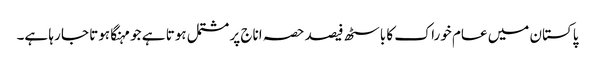
پاکستان میں عام خوراک کا باسٹھ فیصد حصہ اناج پر مشتمل ہوتا ہے جو مہنگا ہوتا جا رہا ہے۔